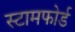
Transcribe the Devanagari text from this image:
स्टामफोर्ड